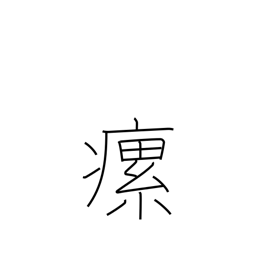
Meaning: swollen neck glands